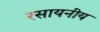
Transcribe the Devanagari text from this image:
रसायनीय